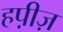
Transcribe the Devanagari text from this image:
हप़ीज़